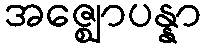
အဇ္ဈောပန္နာ